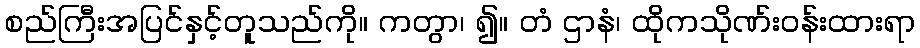
စည်ကြီးအပြင်နှင့်တူသည်ကို။ ကတွာ၊ ၍။ တံ ဌာနံ၊ ထိုကသိုဏ်းဝန်းထားရာ